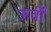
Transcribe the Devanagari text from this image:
ऊर्वी